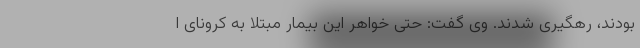
بودند، رهگیری شدند. وی گفت: حتی خواهر این بیمار مبتلا به کرونای ا